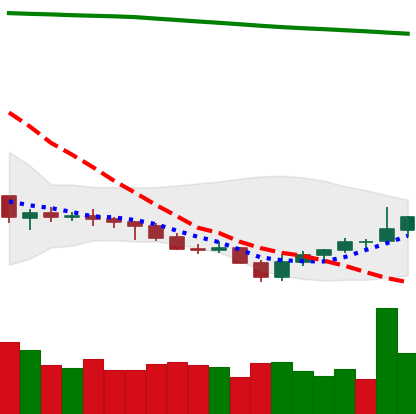
Ticker: NEO-USD
Chart end date: 2021-07-27
Forward return: 24.242%
Label: up_7plus